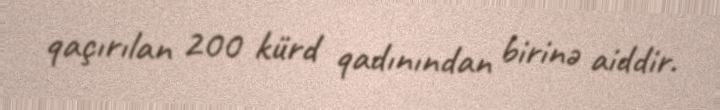
qaçırılan 200 kürd qadınından birinə aiddir.